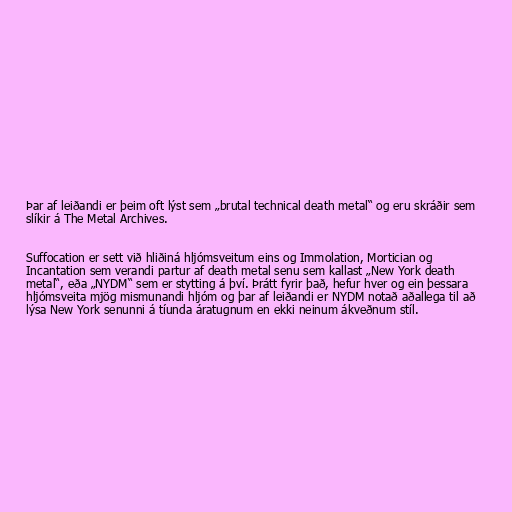
Þar af leiðandi er þeim oft lýst sem „brutal technical death metal“ og eru skráðir sem
slíkir á The Metal Archives.

Suffocation er sett við hliðiná hljómsveitum eins og Immolation, Mortician og
Incantation sem verandi partur af death metal senu sem kallast „New York death
metal“, eða „NYDM“ sem er stytting á því. Þrátt fyrir það, hefur hver og ein þessara
hljómsveita mjög mismunandi hljóm og þar af leiðandi er NYDM notað aðallega til að
lýsa New York senunni á tíunda áratugnum en ekki neinum ákveðnum stíl.